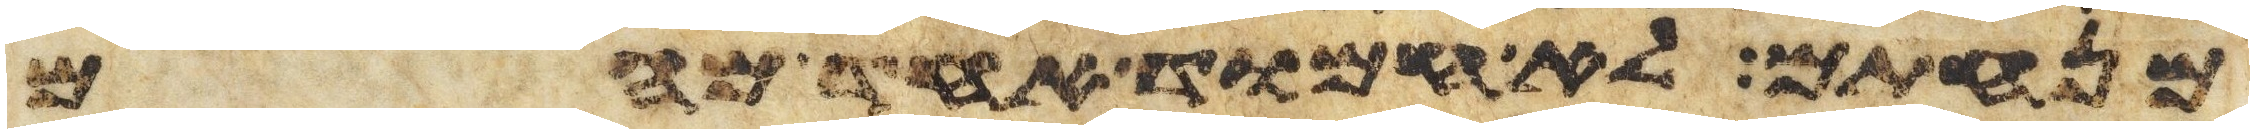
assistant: מנחתם לא חמוד אחד מהם